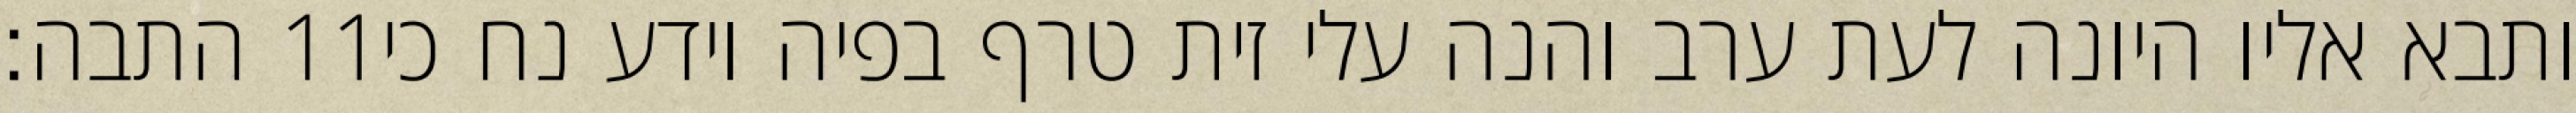
התבה׃ ‎11‏ ותבא אליו היונה לעת ערב והנה עלי זית טרף בפיה וידע נח כי